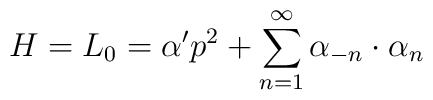
H=L_{0}=\alpha 'p^{2}+\sum _{n=1}^{\infty }\alpha _{-n}\cdot \alpha _{n}